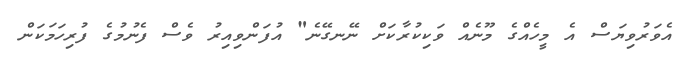
އެވަރުވިޔަސް އެ މީހެއްގެ މޫނެއް ވަކިކުރާކަށް ނޭނގޭނެ" އުފަންވިއިރު ވެސް ފެނުމުގެ ފުރިހަމަކަން